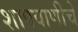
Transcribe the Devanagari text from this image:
शापवाणीचे